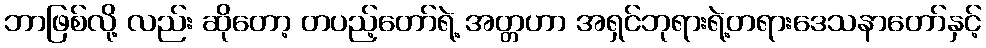
ဘာဖြစ်လို့ လည်း ဆိုတော့ တပည့်တော်ရဲ့ အတ္တဟာ အရှင်ဘုရားရဲ့တရားဒေသနာတော်နှင့်